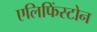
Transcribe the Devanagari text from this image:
एलिफिंस्टोन